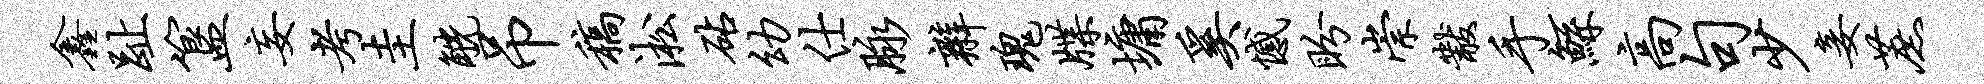
鑫趾簋妄考圭觥吊稿淞砧幼仕脉辫瑰牒墉奚憾盼崇黻手鲧高句少妾蔗